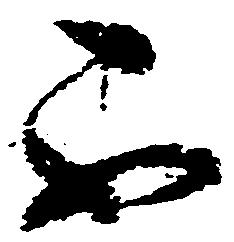
不